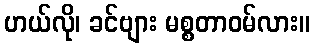
ဟယ်လို၊ ခင်ဗျား မစ္စတာဝမ်လား။